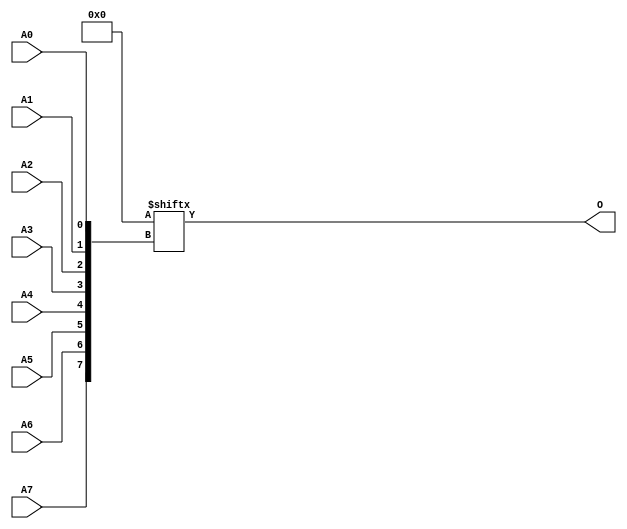
// $Header: /devl/xcs/repo/env/Databases/CAEInterfaces/verunilibs/data/unisims/ROM256X1.v,v 1.9 2007/05/23 21:43:44 patrickp Exp $
///////////////////////////////////////////////////////////////////////////////
// Copyright (c) 1995/2004 Xilinx, Inc.
// All Right Reserved.
///////////////////////////////////////////////////////////////////////////////
//   ____  ____
//  /   /\/   /
// /___/  \  /    Vendor : Xilinx
// \   \   \/     Version : 10.1
//  \   \         Description : Xilinx Functional Simulation Library Component
//  /   /                  256-Deep by 1-Wide ROM
// /___/   /\     Filename : ROM256X1.v
// \   \  /  \    Timestamp : Thu Mar 25 16:43:39 PST 2004
//  \___\/\___\
//
// Revision:
//    03/23/04 - Initial version.
//    02/04/05 - Rev 0.0.1 Remove input/output bufs; Remove for-loop in initial block;
//    05/23/07 - Changed timescale to 1 ps / 1 ps.

`timescale  1 ps / 1 ps


module ROM256X1 (O, A0, A1, A2, A3, A4, A5, A6, A7);

    parameter INIT = 256'h0000000000000000000000000000000000000000000000000000000000000000;

    output O;

    input  A0, A1, A2, A3, A4, A5, A6, A7;

    reg [255:0] mem;

    initial
	    mem = INIT;

    assign O = mem[{A7, A6, A5, A4, A3, A2, A1, A0}];


endmodule